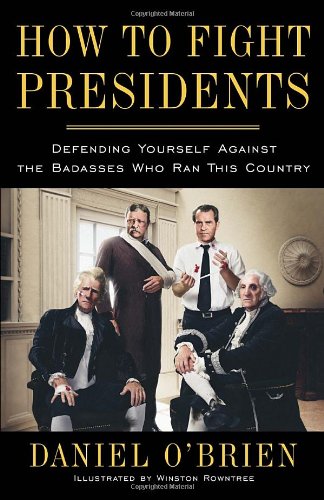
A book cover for How to Fight Presidents: Defending Yourself Against the Badasses Who Ran This Country; Daniel O'Brien; Humor & Entertainment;